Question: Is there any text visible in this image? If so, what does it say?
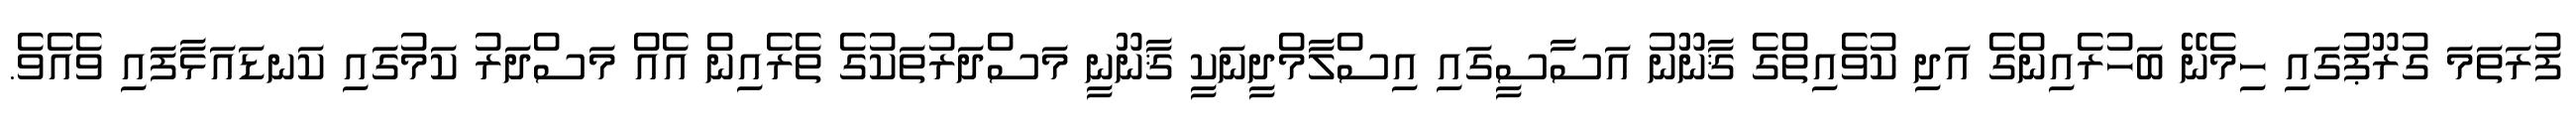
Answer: ފުރަތަމަ ގުރޫޕުގައި ހިމެނޭ ބަހުރެއިންގެ އަދި ކުވެއިތްގެ ޤާނޫނު އަސާސީގައި އިސްލާމްދީނަކީ ޤާނޫނީ މަސްދަރުތަކުގެ ތެރެއިން އެއް މަސްދަރު ކަމުގައި ކަނޑައަޅާފައި ވެއެވެ.